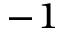
^ { - 1 }